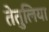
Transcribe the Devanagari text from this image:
तेतुलिया